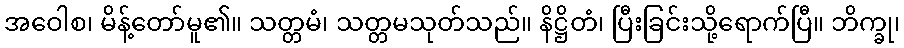
အဝေါစ၊ မိန့်တော်မူ၏။ သတ္တမံ၊ သတ္တမသုတ်သည်။ နိဋ္ဌိတံ၊ ပြီးခြင်းသို့ရောက်ပြီ။ ဘိက္ခု၊